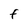
Character: f